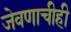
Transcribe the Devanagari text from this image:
जेवणाचीही